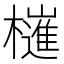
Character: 𣝤